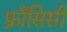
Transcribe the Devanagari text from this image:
फ्राँसिसी